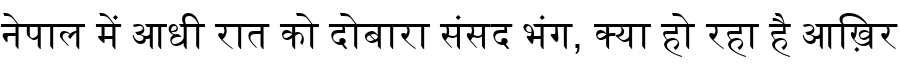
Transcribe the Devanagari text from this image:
नेपाल में आधी रात को दोबारा संसद भंग, क्या हो रहा है आख़िर